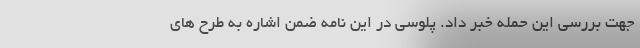
جهت بررسی این حمله خبر داد. پلوسی در این نامه ضمن اشاره به طرح‌ های